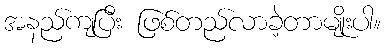
အနည်ကျပြီး ဖြစ်တည်လာခဲ့တာမျိုးပါ။